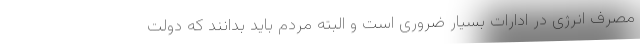
مصرف انرژی در ادارات بسیار ضروری است و البته مردم باید بدانند که دولت